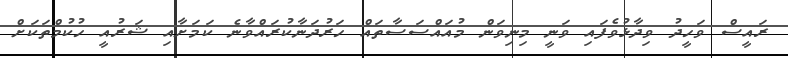
ރައީސް ވަހީދު ވިދާޅުވެފައި ވަނީ މިނިވަން މުއައްސަސާތައް ހަރުދަނާކުރައްވާނެ ކަމަށާއި ޝަރުއީ ހުކުމްތަކަށް